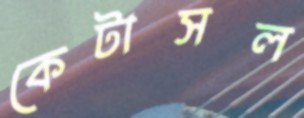
কেটাসল